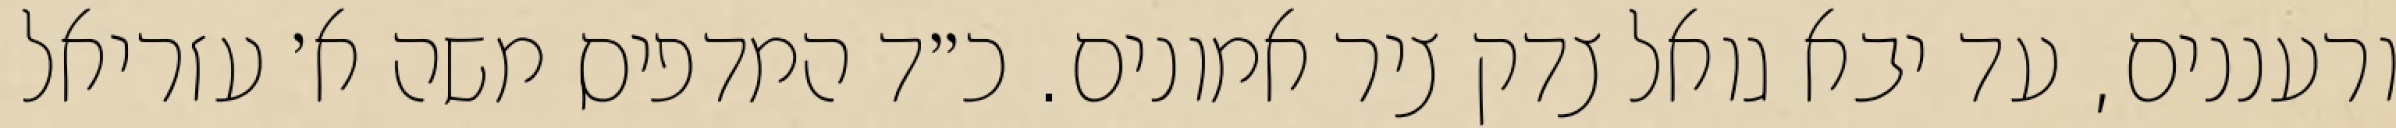
ורעננים, עד יבא גואל צדק ציר אמונים. כ״ד המדפיס משה א׳ עזריאל